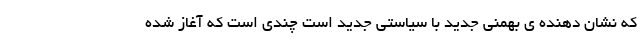
که نشان دهنده ی بهمنی جدید با سیاستی جدید است چندی است که آغاز شده